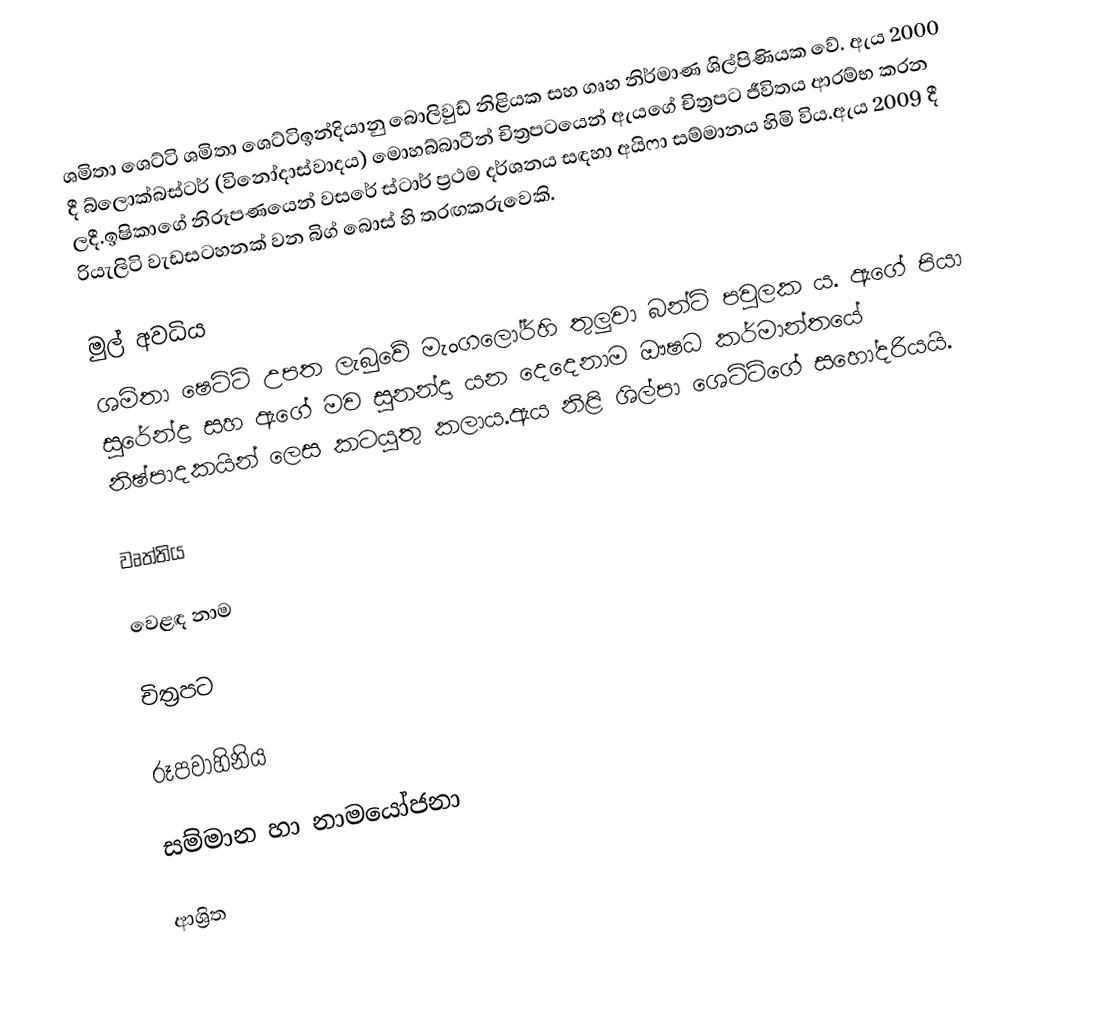
ශමිතා ශෙට්ටි ශමිතා ශෙට්ටිඉන්දියානු බොලිවුඩ් නිළියක සහ ගෘහ නිර්මාණ ශිල්පිණියක වේ. ඇය 2000 දී බ්ලොක්බස්ටර් (විනෝදාස්වාදය) මොහබ්බාටීන් චිත්‍රපටයෙන් ඇයගේ චිත්‍රපට ජීවිතය ආරම්භ කරන ලදී.ඉෂිකාගේ නිරූපණයෙන් වසරේ ස්ටාර් ප්‍රථම දර්ශනය සඳහා අයිෆා සම්මානය හිමි විය.ඇය 2009 දී රියැලිටි වැඩසටහනක් වන බිග් බොස් හි තරඟකරුවෙකි.

මුල් අවධිය
ශමිතා ෂෙට්ටි උපත ලැබුවේ මැංගලෝර්හි තුලුවා බන්ට් පවුලක ය. ඇගේ පියා සුරේන්ද්‍ර සහ ඇගේ මව සුනන්දා යන දෙදෙනාම ඖෂධ කර්මාන්තයේ නිෂ්පාදකයින් ලෙස කටයුතු කලාය.ඇය නිළි ශිල්පා ශෙට්ටිගේ සහෝදරියයි.

වෘත්තිය

වෙළඳ නාම

චිත්‍රපට

රූපවාහිනිය

සම්මාන හා නාමයෝජනා

ආශ්‍රිත